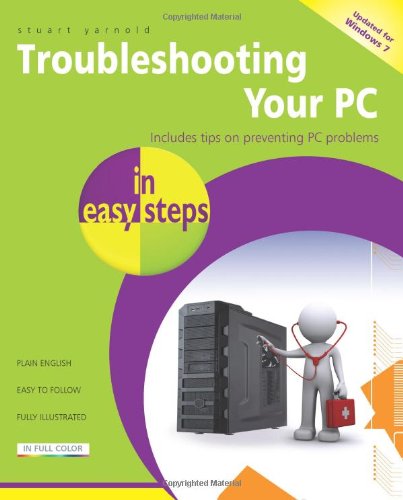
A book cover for Troubleshooting Your PC in Easy Steps; Stuart Yarnold; Computers & Technology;